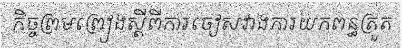
កិច្ចព្រមព្រៀងស្តីពីការចៀសវាងការយកពន្ធត្រួត